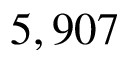
5 , 9 0 7